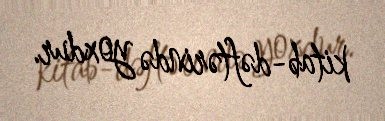
kitab-dəftərində yoxdur.